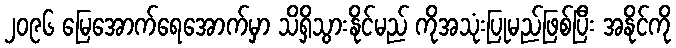
၂၀၉၆ မြေအောက်ရေအောက်မှာ သိရှိသွားနိုင်မည် ကိုအသုံးပြုမည်ဖြစ်ပြီး အနိုင်ကို